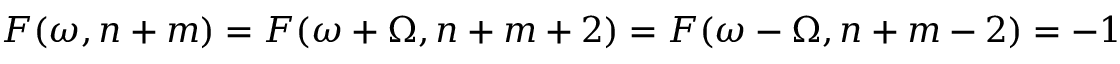
F ( \omega , n + m ) = F ( \omega + \Omega , n + m + 2 ) = F ( \omega - \Omega , n + m - 2 ) = - 1